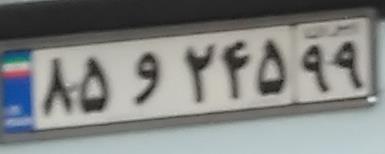
۸۵و۲۴۵۹۹